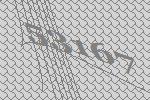
53167